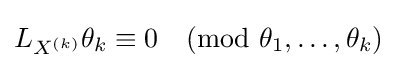
L_{X^{(k)}}\theta _{k}\equiv 0{\pmod {\theta _{1},\dots ,\theta _{k}}}